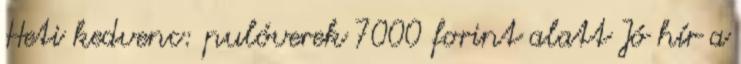
Heti kedvenc: pulóverek 7000 forint alatt Jó hír a